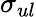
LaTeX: \sigma_{ul}